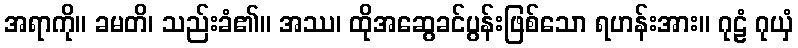
အရာကို။ ခမတိ၊ သည်းခံ၏။ အဿ၊ ထိုအဆွေခင်ပွန်းဖြစ်သော ရဟန်းအား။ ဂုဠံ ဂုယှံ